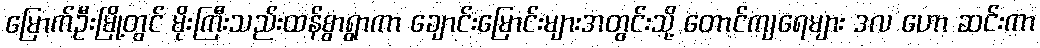
မြောက်ဦးမြို့တွင် မိုးကြီးသည်းထန်စွာရွာကာ ချောင်းမြောင်းများအတွင်းသို့ တောင်ကျရေများ ဒလ ဟော ဆင်းကာ